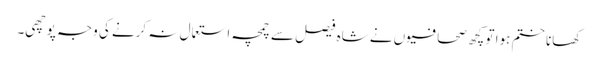
کھانا ختم ہوا تو کچھ صحافیوں نے شاہ فیصل سے چمچہ استعمال نہ کرنے کی وجہ پوچھی۔